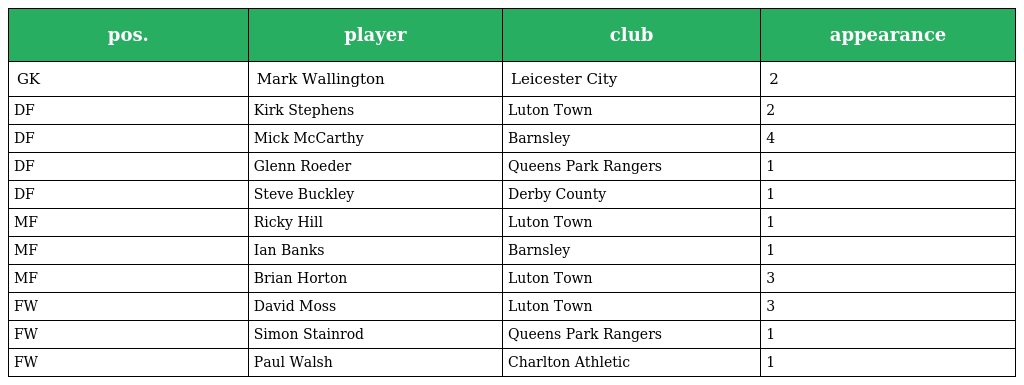
| pos. | player | club | appearance |
 | --- | --- | --- | --- |
 | GK | Mark Wallington | Leicester City | 2 |
 | DF | Kirk Stephens | Luton Town | 2 |
 | DF | Mick McCarthy | Barnsley | 4 |
 | DF | Glenn Roeder | Queens Park Rangers | 1 |
 | DF | Steve Buckley | Derby County | 1 |
 | MF | Ricky Hill | Luton Town | 1 |
 | MF | Ian Banks | Barnsley | 1 |
 | MF | Brian Horton | Luton Town | 3 |
 | FW | David Moss | Luton Town | 3 |
 | FW | Simon Stainrod | Queens Park Rangers | 1 |
 | FW | Paul Walsh | Charlton Athletic | 1 |